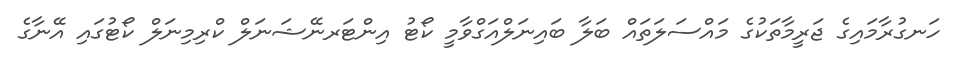
ހަނގުރާމައިގެ ޖަރީމާތަކުގެ މައްސަލަތައް ބަލާ ބައިނަލްއަގްވާމީ ކޯޓު އިންޓަރނޭޝަނަލް ކްރިމިނަލް ކޯޓުގައި އޭނާގެ